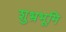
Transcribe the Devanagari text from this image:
शुभ्रभूमि